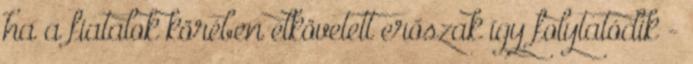
ha a fiatalok körében elkövetett erőszak így folytatódik -